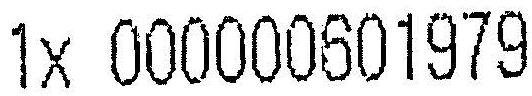
1X 000000601979